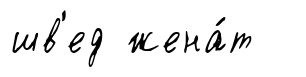
шв'ед жена́т